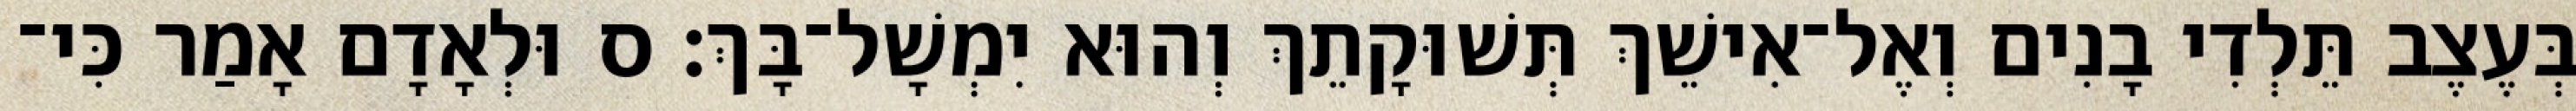
בְּעֶצֶב תֵּלְדִי בָנִים וְאֶל־אִישֵׁךְ תְּשׁוּקָתֵךְ וְהוּא יִמְשָׁל־בָּךְ׃ ס וּלְאָדָם אָמַר כִּי־